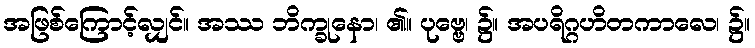
အဖြစ်ကြောင့်လျှင်။ အဿ ဘိက္ခုနော၊ ၏။ ပုဗ္ဗေ၊ ၌။ အပရိဂ္ဂဟိတကာလေ၊ ၌။